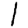
Digit: 1